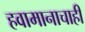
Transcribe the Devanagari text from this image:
हवामानाचाही